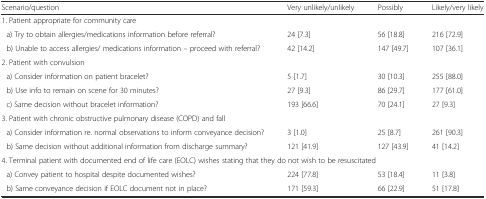
<table><thead><tr><td><b>Scenario/question</b></td><td><b>Very unlikely/unlikely</b></td><td><b>Possibly</b></td><td><b>Likely/very likely</b></td></tr></thead><tbody><tr><td colspan="4">1. Patient appropriate for community care</td></tr><tr><td> a) Try to obtain allergies/medications information before referral?</td><td>24 [7.3]</td><td>56 [18.8]</td><td>216 [72.9]</td></tr><tr><td> b) Unable to access allergies/ medications information – proceed with referral?</td><td>42 [14.2]</td><td>147 [49.7]</td><td>107 [36.1]</td></tr><tr><td colspan="4">2. Patient with convulsion</td></tr><tr><td> a) Consider information on patient bracelet?</td><td>5 [1.7]</td><td>30 [10.3]</td><td>255 [88.0]</td></tr><tr><td> b) Use info to remain on scene for 30 minutes?</td><td>27 [9.3]</td><td>86 [29.7]</td><td>177 [61.0]</td></tr><tr><td> c) Same decision without bracelet information?</td><td>193 [66.6]</td><td>70 [24.1]</td><td>27 [9.3]</td></tr><tr><td colspan="4">3. Patient with chronic obstructive pulmonary disease (COPD) and fall</td></tr><tr><td> a) Consider information re. normal observations to inform conveyance decision?</td><td>3 [1.0]</td><td>25 [8.7]</td><td>261 [90.3]</td></tr><tr><td> b) Same decision without additional information from discharge summary?</td><td>121 [41.9]</td><td>127 [43.9]</td><td>41 [14.2]</td></tr><tr><td colspan="4">4. Terminal patient with documented end of life care (EOLC) wishes stating that they do not wish to be resuscitated</td></tr><tr><td> a) Convey patient to hospital despite documented wishes?</td><td>224 [77.8]</td><td>53 [18.4]</td><td>11 [3.8]</td></tr><tr><td> b) Same conveyance decision if EOLC document not in place?</td><td>171 [59.3]</td><td>66 [22.9]</td><td>51 [17.8]</td></tr></tbody></table>